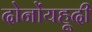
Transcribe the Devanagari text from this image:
दोनोंयहूदी